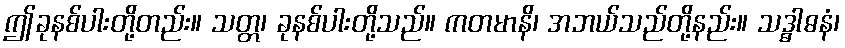
ဤခုနစ်ပါးတို့တည်း။ သတ္တ၊ ခုနစ်ပါးတို့သည်။ ကတမာနိ၊ အဘယ်သည်တို့နည်း။ သဒ္ဓါဓနံ၊